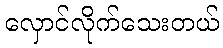
လှောင်လိုက်သေးတယ်